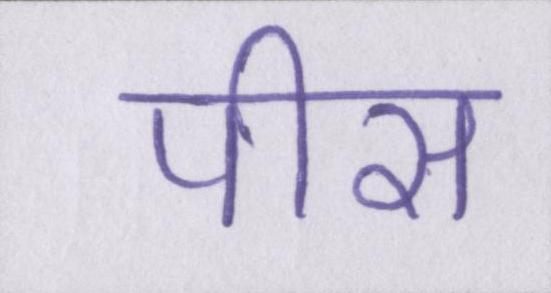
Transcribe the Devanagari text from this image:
पीस